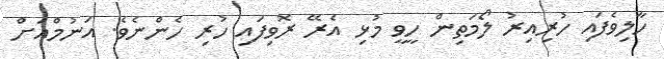
ހާލިވެފައި ހުރިއިރު ލޯމަތިން ހީވީ މުޅި އެރޭ ރޮވިފައި ހުރި ހެންނެވެ. އަނުމްއަށް